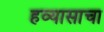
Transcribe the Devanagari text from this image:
हव्यासाचा